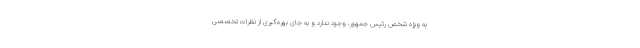
به ویژه شخص رئیس جمهور، وجود ندارد و به جای بهره‌گیری از نظرات تخصصی